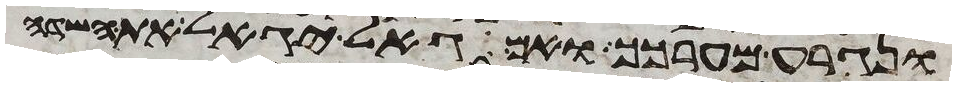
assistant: ונגרע מערכך ואם גאל יגאל את השדה